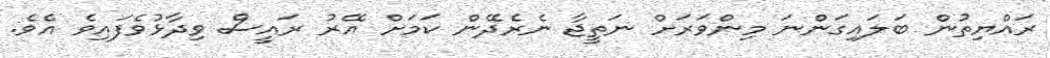
ރައްޔިތުން ބަލައިގަންނަ މިންވަރަށް ނަތީޖާ ނެރެދޭން ކަމަށް އޭރު ރައީސް ވިދާޅުވެފައިވެ އެވެ.